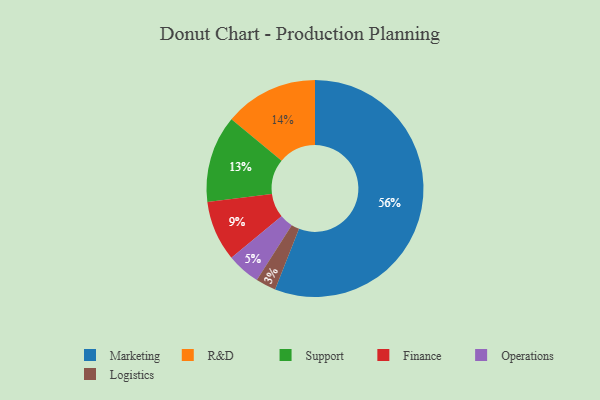
{"axis": {"x": "Category", "y": "Percentage"}, "legend": ["Finance", "Logistics", "Marketing", "Operations", "R&D", "Support"], "data": [{"x": "Finance", "y": 9, "type": "Finance"}, {"x": "Logistics", "y": 3, "type": "Logistics"}, {"x": "Marketing", "y": 56, "type": "Marketing"}, {"x": "Support", "y": 13, "type": "Support"}, {"x": "Operations", "y": 5, "type": "Operations"}, {"x": "R&D", "y": 14, "type": "R&D"}]}